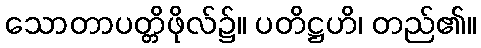
သောတာပတ္တိဖိုလ်၌။ ပတိဋ္ဌဟိ၊ တည်၏။